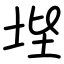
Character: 㙄